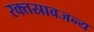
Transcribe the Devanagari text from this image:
रक्तस्रावजन्य